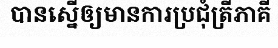
បានស្នើឲ្យមានការប្រជុំត្រីភាគី